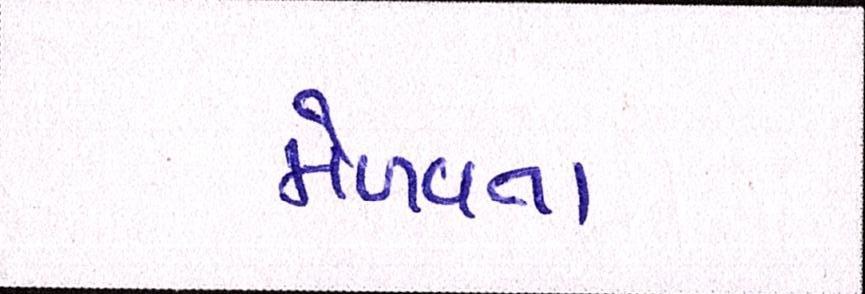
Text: મેળવતા